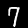
Digit: 7